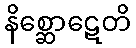
နိစ္ဆောဋေတိ